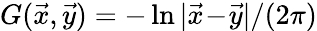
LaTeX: G(\vec{x},\vec{y})=-\ln|\vec{x}\! -\! \vec{y}|/(2\pi)